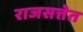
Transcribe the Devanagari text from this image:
राजसत्तेत